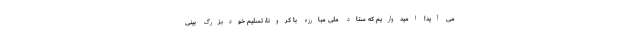
می آید! امیدواریم که ستاد ملی مبارزه با کرونا، تسلیم خودبزرگ بینی